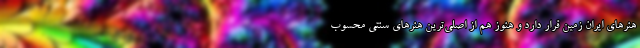
هنرهای ایران زمین قرار دارد و هنوز هم از اصلی‌ترین هنرهای سنتی محسوب